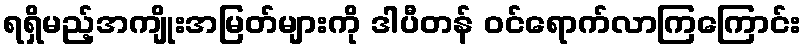
ရရှိမည့်အကျိုးအမြတ်များကို ဒါပီတန် ဝင်ရောက်လာကြကြောင်း